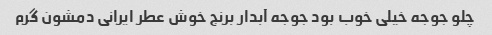
چلو جوجه خیلی خوب بود جوجه آبدار برنج خوش عطر ایرانی دمشون گرم